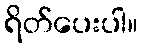
ရိတ်ပေးပါ။